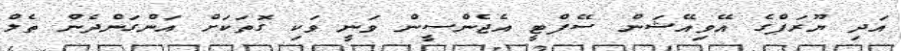
އަދި ޔޫރަޕްގެ އޭވިއޭޝަން ސޭފްޓީ އެޖެންސީން ވަނީ ވަކި ގޮތަކަށް އަންގަންދެން ތެލް